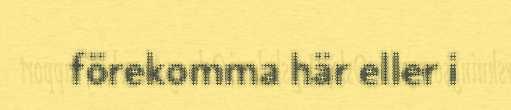
förekomma här eller i